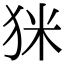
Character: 𤝸